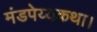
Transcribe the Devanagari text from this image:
मंडपेय्यकथा।